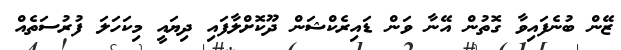
ޒޭން ބުނެފައިވާ ގޮތުން އޭނާ ވަން ޑައިރެކްޝަން ދޫކޮށްލާފައި ދިޔައީ މިކަހަލަ ފުރުސަތެއް